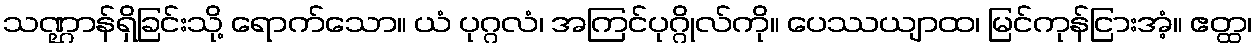
သဏ္ဌာန်ရှိခြင်းသို့ ရောက်သော။ ယံ ပုဂ္ဂလံ၊ အကြင်ပုဂ္ဂိုလ်ကို။ ပေဿယျာထ၊ မြင်ကုန်ငြားအံ့။ ဧတ္ထ၊